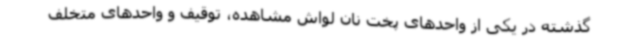
گذشته در یکی از واحدهای پخت نان لواش مشاهده، توقیف و واحدهای متخلف